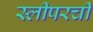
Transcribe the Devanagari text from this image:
स्लीपरची